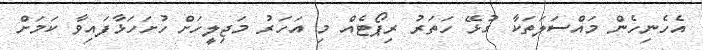
އެހެނިހެން މައްސަލަތަކާ ގުޅޭ ހަތަރު ރިޕޯޓެއް މި އަހަރު މަޖިލީހަށް ހުށަހަޅާފައިވާ ކަމަށް